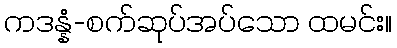
ကဒန္နံ-စက်ဆုပ်အပ်သော ထမင်း။